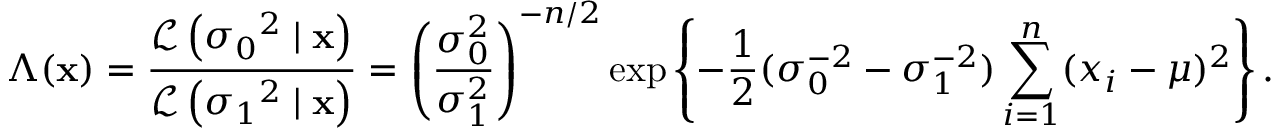
\Lambda ( \mathbf { x } ) = { \frac { { \mathcal { L } } \left( { \sigma _ { 0 } } ^ { 2 } \mid \mathbf { x } \right) } { { \mathcal { L } } \left( { \sigma _ { 1 } } ^ { 2 } \mid \mathbf { x } \right) } } = \left( { \frac { \sigma _ { 0 } ^ { 2 } } { \sigma _ { 1 } ^ { 2 } } } \right) ^ { - n / 2 } \exp \left\{ - { \frac { 1 } { 2 } } ( \sigma _ { 0 } ^ { - 2 } - \sigma _ { 1 } ^ { - 2 } ) \sum _ { i = 1 } ^ { n } ( x _ { i } - \mu ) ^ { 2 } \right\} .